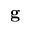
\mathbf { g }